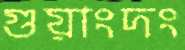
গুয়াংদং